Mental hospitals Bombay report 1921-28 - 1921-1928
Year: 1921
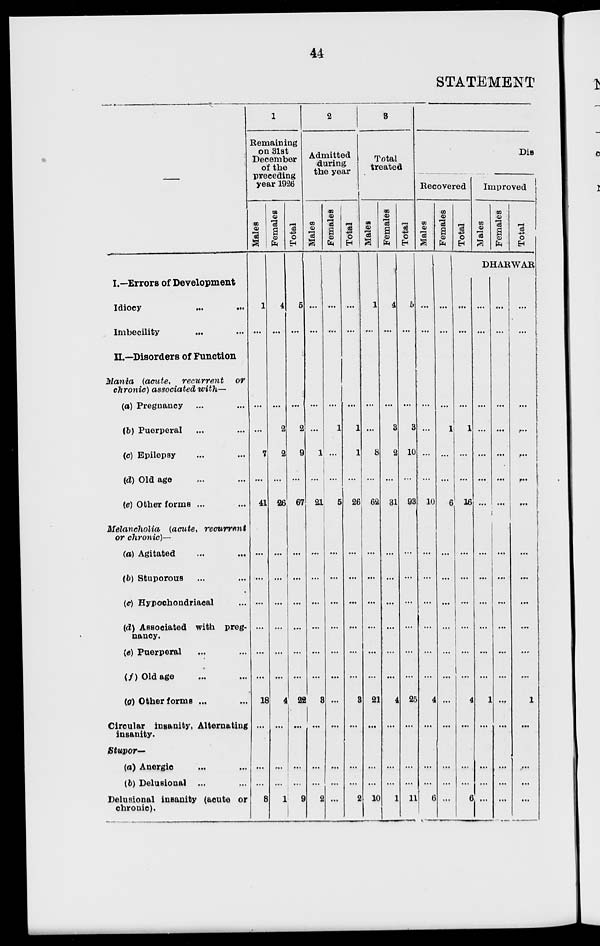
44
STATEMENT
—
1
Remaining
on 31st
December
of the
preceding
year 1926
Males
I.—Errors of Development
Idiocy
...
...
Imbecility ... ...
II.—Disorders of Function
Mania (acute, recurrent
or
chronic) associated with—
(a) Pregnancy ... ...
(b) Puerperal ... ...
(c) Epilepsy ... ...
(d) Old age ... ...
(e) Other forms ... ...
Melancholia (acute, recurrent
or chronic)—
(a) Agitated ... ...
(b) Stuporous ... ...
(c) Hypochondriacal ...
(d) Associated with preg-
nancy.
(e) Puerperal ... ...
(f) Old age ... ...
(g) Other forms ... ...
Circular insanity, Alternating
insanity.
Stupor—
(a) Anergic ... ...
(b) Delusional ... ...
Delusional insanity (acute or
chronic).
1
...
...
...
7
...
41
...
...
...
...
...
...
18
...
...
...
8
Females
4
...
...
2
2
...
26
...
...
...
...
...
...
4
...
...
...
1
Total
5
...
...
2
9
...
67
...
...
...
...
...
...
22
...
...
...
9
2
Admitted
during
the year
Males
Females
...
...
...
...
1
...
21
...
...
...
...
...
...
3
...
...
...
2
...
...
...
1
...
...
5
...
...
...
...
...
...
...
...
...
...
...
Total
3
Total
treated
Males
...
...
...
1
1
...
26
...
...
...
...
...
...
3
...
...
...
2
1
...
...
...
8
...
62
...
...
...
...
...
...
21
...
...
...
10
Females
4
...
...
3
2
...
31
...
...
...
...
...
...
4
...
...
...
1
Total
5
...
...
3
10
...
93
...
...
...
...
...
...
25
...
...
...
11
Dis
Recovered
Males
Females
Total
Improved
Males
Females
Total
DHARWAR
...
...
...
...
...
...
10
...
...
...
...
...
...
4
...
...
...
6
...
...
...
1
...
...
6
...
...
...
...
...
...
...
...
...
...
...
...
...
...
1
...
...
16
...
...
...
...
...
...
4
...
...
...
6
...
...
...
...
...
...
...
...
...
...
...
...
...
1
...
...
...
...
...
...
...
...
...
...
...
...
...
...
...
...
...
...
...
...
...
...
...
...
...
...
...
...
...
...
...
...
...
...
...
1
...
...
...
...